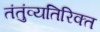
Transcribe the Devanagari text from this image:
तंतुंव्यतिरिक्त